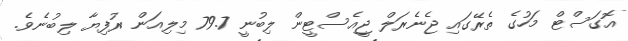
އޮގަސްޓް މަހުގެ ތެރޭގައި ޖެނެރަލް ޖީއެސްޓީން ލިބުނީ 79.7 މިލިއަން ރުފިޔާ ލިބުނެވެ.